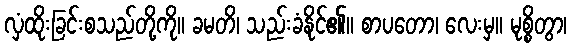
လှံထိုးခြင်းစသည်တို့ကို။ ခမတိ၊ သည်းခံနိုင်၏။ စာပတော၊ လေးမှ။ မုစ္စိတွာ၊